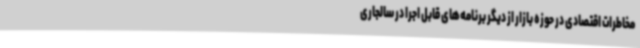
مخاطرات اقتصادی در حوزه بازار از دیگر برنامه‌های قابل اجرا در سالجاری